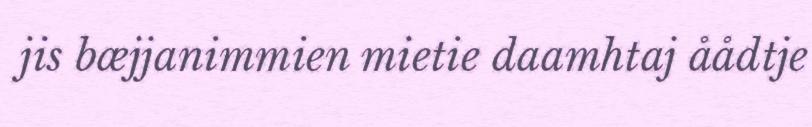
jis bæjjanimmien mietie daamhtaj åådtje